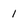
Character: I